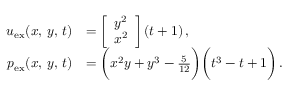
\begin{array} { r l } { \boldsymbol { u } _ { \mathrm { e x } } ( x , \, y , \, t ) } & { = \left[ \begin{array} { l } { y ^ { 2 } } \\ { x ^ { 2 } } \end{array} \right] ( t + 1 ) \, , } \\ { p _ { \mathrm { e x } } ( x , \, y , \, t ) } & { = \bigg ( x ^ { 2 } y + y ^ { 3 } - \frac { 5 } { 1 2 } \bigg ) \bigg ( t ^ { 3 } - t + 1 \bigg ) \, . } \end{array}